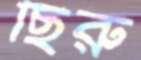
ছিরু